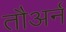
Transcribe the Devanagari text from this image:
तौअर्न